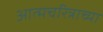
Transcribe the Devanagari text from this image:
आत्मचरित्राच्या